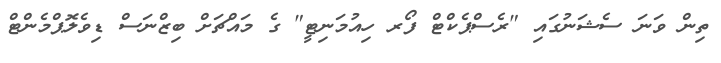
ތިން ވަނަ ސެޝަނުގައި "ރެސްޕެކްޓް ފޯރ ހިއުމަނިޓީ" ގެ މައްޗަށް ބިޒްނަސް ޑިވެލޮޕްމެންޓް